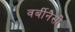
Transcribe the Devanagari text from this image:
वर्बीनैसी